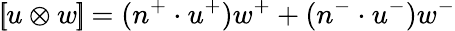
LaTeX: \left[\! \! \left[u\otimes w\right]\! \! \right]=(n^{+}\cdot u^{+})w^{+}+(n^{-}\cdot u^{-})w^{-}